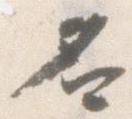
名